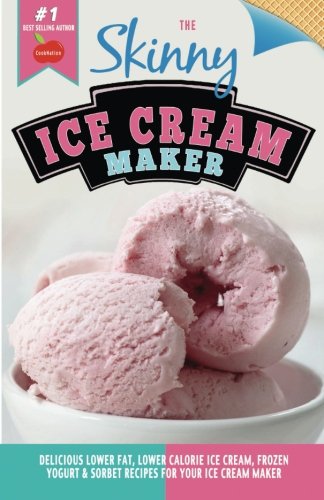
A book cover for The Skinny Ice Cream Maker: Delicious Lower Fat, Lower Calorie Ice Cream, Frozen Yogurt & Sorbet Recipes For Your Ice Cream Maker; CookNation; Cookbooks, Food & Wine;